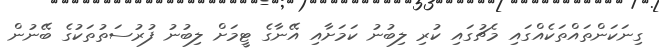
ގިނަކަންތައްތަކެއްގައި މެޗުގައި ކުރި ލިބުނު ކަމަށާއި އޭނާގެ ޓީމަށް ލިބުނު ފުރުސަތުތަކުގެ ބޭނުން